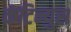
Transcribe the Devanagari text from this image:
कंटिन्युस